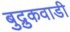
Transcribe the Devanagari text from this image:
बुद्रुकवाडी